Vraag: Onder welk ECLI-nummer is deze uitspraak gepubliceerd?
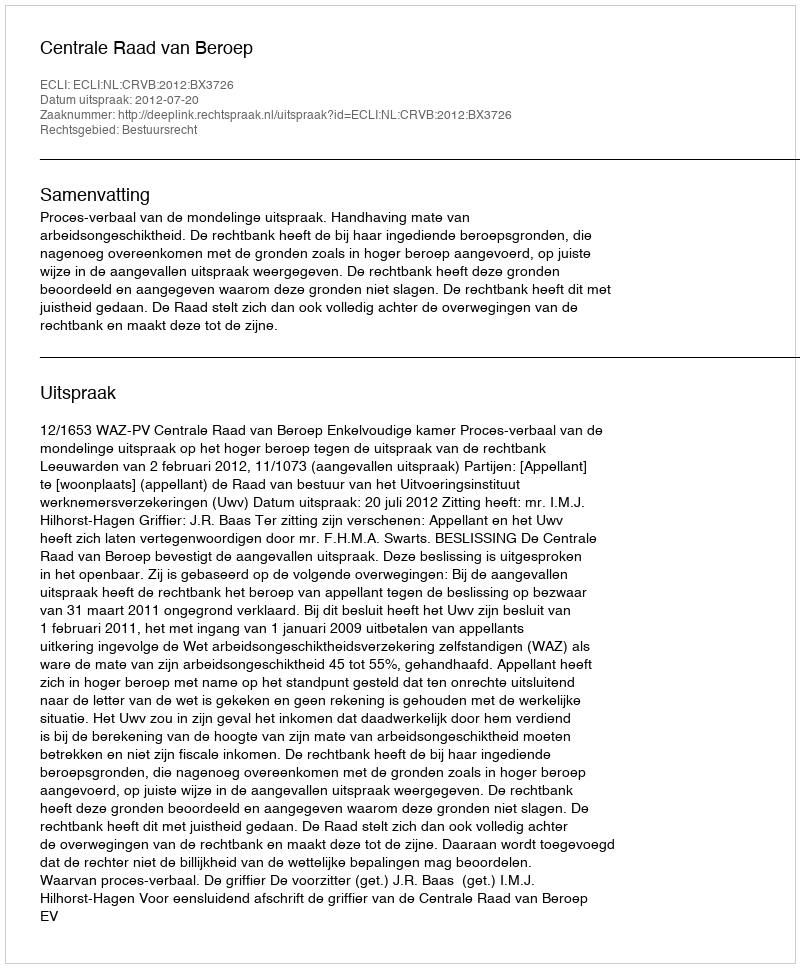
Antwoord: ECLI:NL:CRVB:2012:BX3726